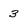
Character: 3